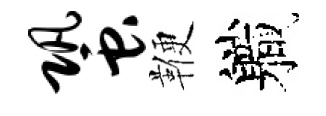
蛩鞭軄